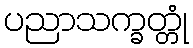
ပညာသက္ခတ္တုံ